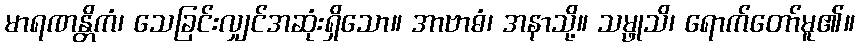
မာရဏန္တိကံ၊ သေခြင်းလျှင်အဆုံးရှိသော။ အာဗာဓံ၊ အနာသို့။ သမ္ဖုသိ၊ ရောက်တော်မူ၏။